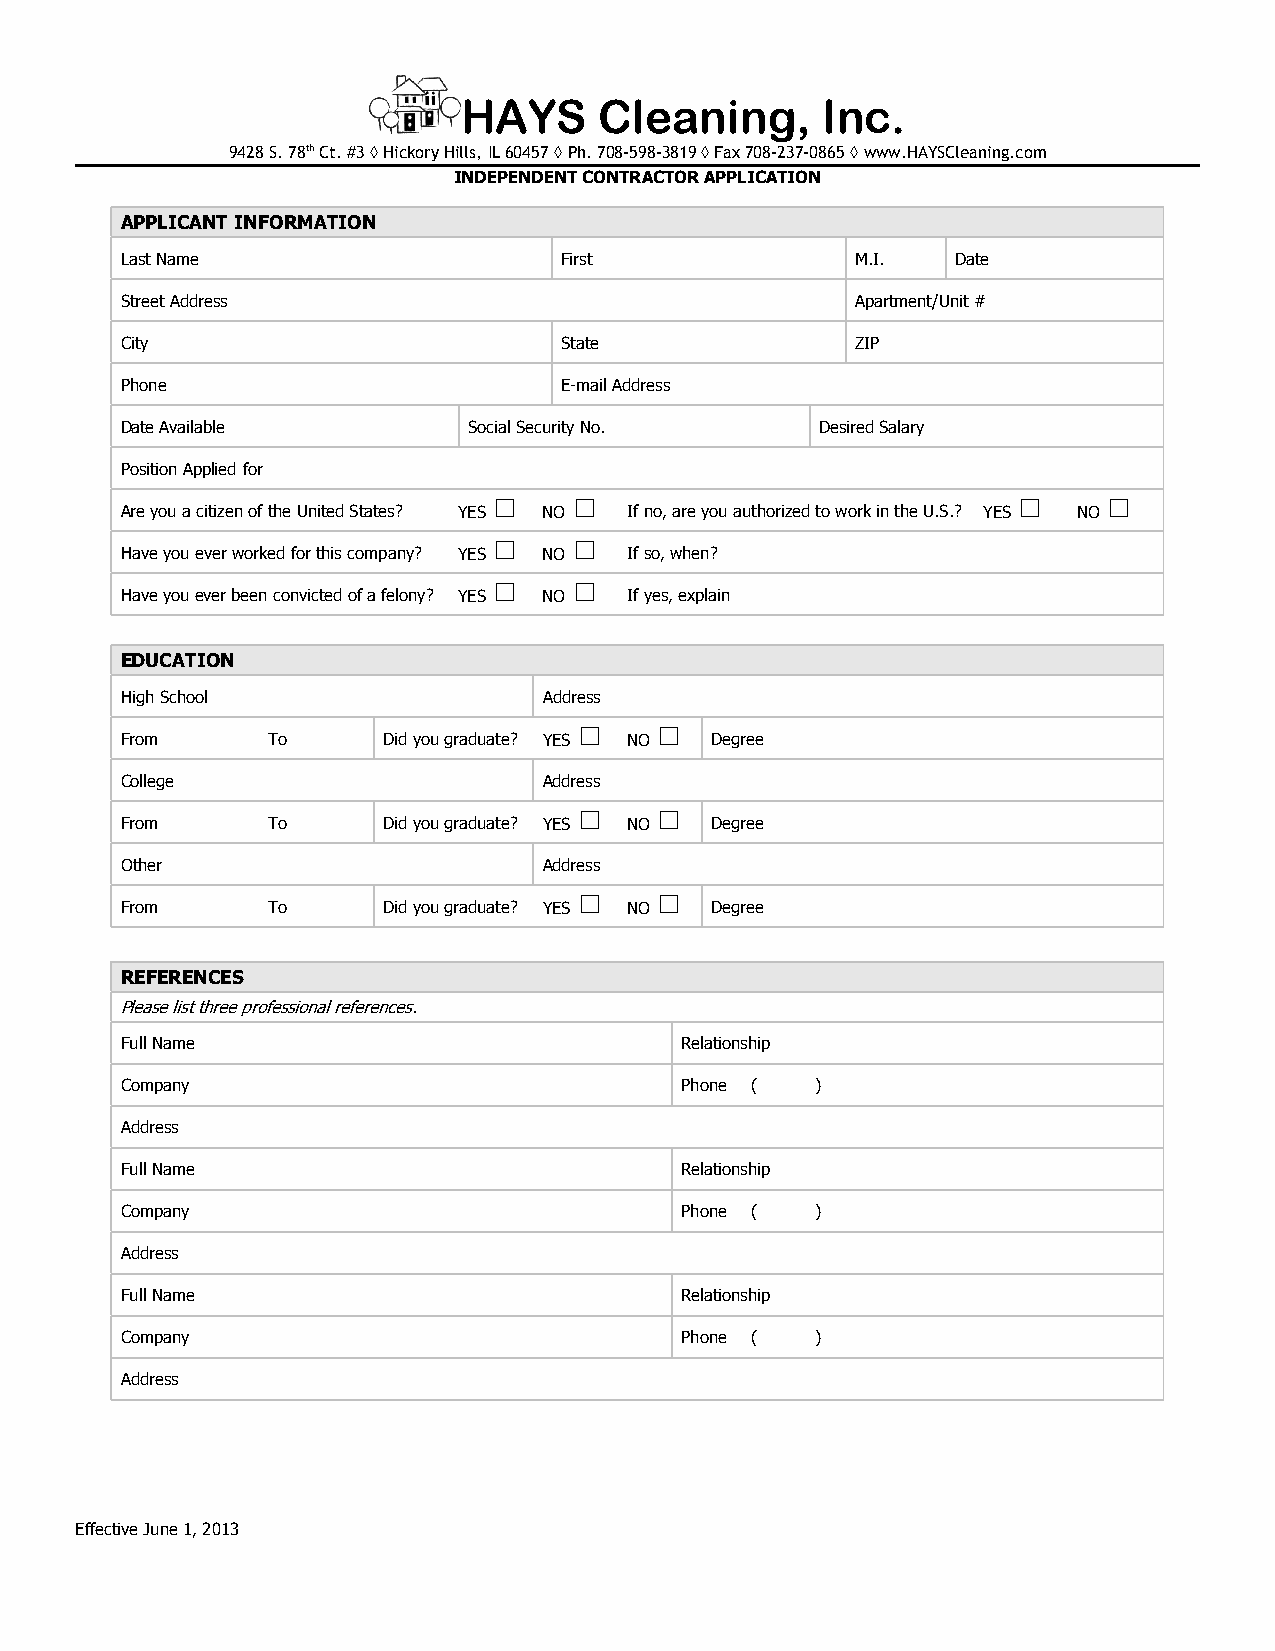
HAYS     Cleaning,     Inc.
 9428 S. 78th Ct. #3 ◊ Hickory Hills, IL 60457 ◊ Ph. 708-598-3819 ◊ Fax 708-237-0865 ◊ www.HAYSCleaning.com
 INDEPENDENT CONTRACTOR APPLICATION
 APPLICANT INFORMATION
 Last Name                    First               M.I.  Date
 Street Address                                   Apartment/Unit #
 City                         State               ZIP
 Phone                        E-mail Address
 Date Available         Social Security No.    Desired Salary
 Position Applied for
 Are you a citizen of the United States? YES NO If no, are you authorized to work in the U.S.? YES NO
 Have you ever worked for this company? YES NO If so, when?
 Have you ever been convicted of a felony? YES NO If yes, explain
 EDUCATION
 High School                 Address
 From      To     Did you graduate? YES NO Degree
 College                     Address
 From      To     Did you graduate? YES NO Degree
 Other                       Address
 From      To     Did you graduate? YES NO Degree
 REFERENCES
 Please list three professional references.
 Full Name                            Relationship
 Company                              Phone (  )
 Address
 Full Name                            Relationship
 Company                              Phone (  )
 Address
 Full Name                            Relationship
 Company                              Phone (  )
 Address
 Effective June 1, 2013